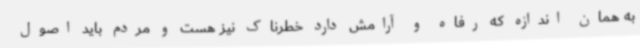
به همان اندازه که رفاه و آرامش دارد خطرناک نیز هست و مردم باید اصول